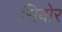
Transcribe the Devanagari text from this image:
सिबोर